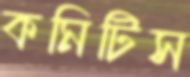
কমিটিস